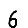
Digit: 6